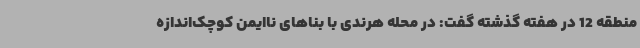
منطقه 12 در هفته گذشته گفت: در محله هرندی با بناهای ناایمن کوچک‌اندازه